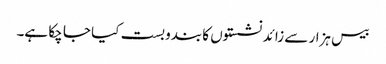
بیس ہزار سے زائد نشستوں کا بندوبست کیا جا چکا ہے۔